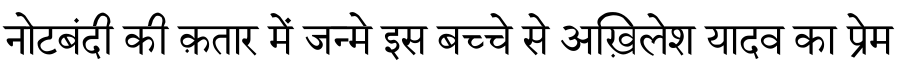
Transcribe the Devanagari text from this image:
नोटबंदी की क़तार में जन्मे इस बच्चे से अख़िलेश यादव का प्रेम